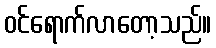
ဝင်ရောက်လာတော့သည်။